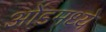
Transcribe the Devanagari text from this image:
ओंडमध्ये